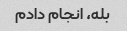
بله، انجام دادم